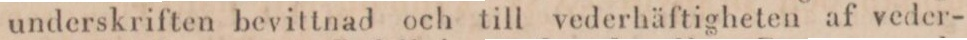
underskriften bevittnad och till vederhäftigheten af veder-